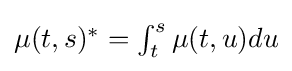
\textstyle \mu (t,s)^{*}=\int _{t}^{s}\mu (t,u)du